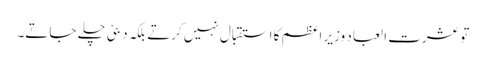
تو عشرت العباد وزیر اعظم کا استقبال نہیں کرتے بلکہ دبئی چلے جاتے۔